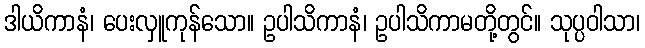
ဒါယိကာနံ၊ ပေးလှူကုန်သော။ ဥပါသိကာနံ၊ ဥပါသိကာမတို့တွင်။ သုပ္ပဝါသာ၊